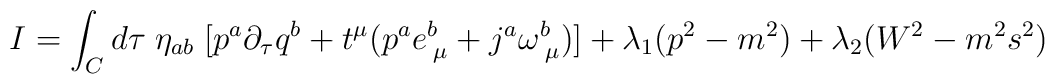
I=\int_{C}d\tau \; \eta_{ab}\;[p^{a}\partial_{\tau}q^{b}+t^{\mu}(p^{a}e^{b}_{ \;\mu}+j^{a}\omega^{b}_{\;\mu})]+\lambda_{1}(p^{2}-m^{2})+\lambda_{2}(W^{2}-m^{2}s^{2})